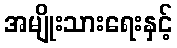
အမျိုးသားရေးနှင့်